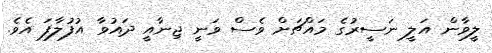
ލީވާން އަލީ ނަސީރުގެ މައްޗަށް ވެސް ވަނީ ޖިނާއީ ދައުވާ އުފުލާފަ އެވެ.